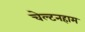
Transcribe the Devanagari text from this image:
चेल्टनहाम